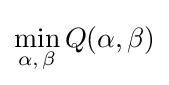
\min _{\alpha ,\,\beta }Q(\alpha ,\beta )